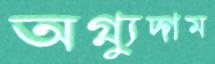
অগ্ন্যুদ্‌গম